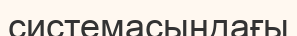
системасындағы